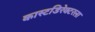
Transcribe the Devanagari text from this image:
कास्टडिरेक्टरला